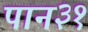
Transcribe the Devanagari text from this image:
पान३१